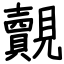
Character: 覿